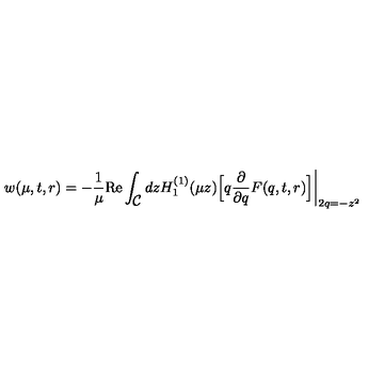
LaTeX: w ( \mu , t , r ) = - \frac { 1 } { \mu } \mathrm { R e } \int _ { \textstyle { \cal C } } d z H _ { 1 } ^ { ( 1 ) } ( \mu z ) \Bigl [ q \frac { \partial } { \partial q } F ( q , t , r ) \Bigr ] \biggl | _ { 2 q = - z ^ { 2 } }